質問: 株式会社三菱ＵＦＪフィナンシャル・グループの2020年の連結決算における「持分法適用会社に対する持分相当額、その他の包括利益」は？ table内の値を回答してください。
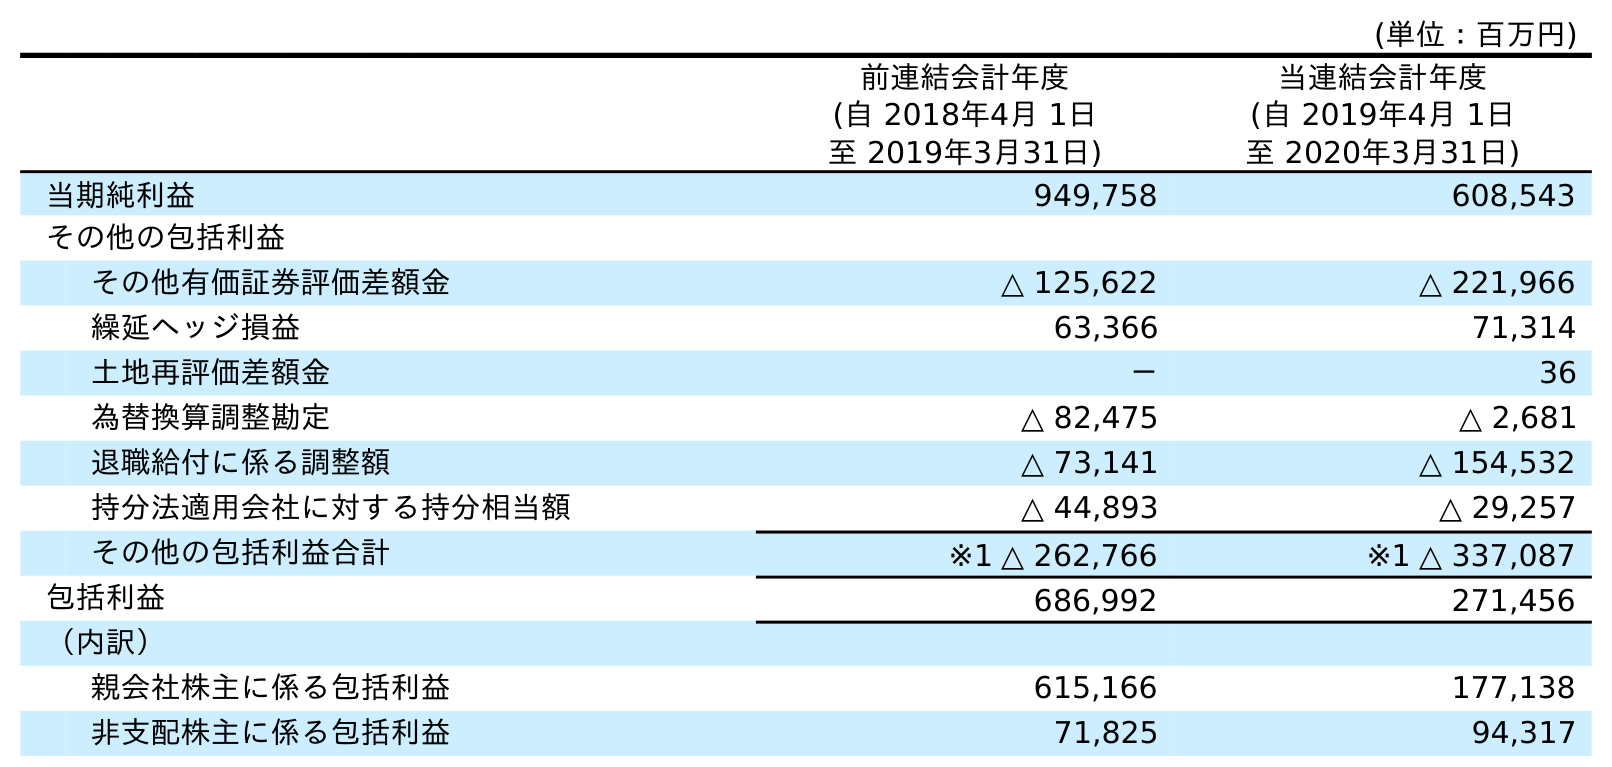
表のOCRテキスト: (単位：百万円) 前連結会計年度 (自 2018年4月 1日 至 2019年3月31日) 当連結会計年度 (自 2019年4月 1日 至 2020年3月31日) 当期純利益 949,758 608,543 その他の包括利益 その他有価証券評価差額金 △ 125,622 △ 221,966 繰延ヘッジ損益 63,366 71,314 土地再評価差額金 － 36 為替換算調整勘定 △ 82,475 △ 2,681 退職給付に係る調整額 △ 73,141 △ 154,532 持分法適用会社に対する持分相当額 △ 44,893 △ 29,257 その他の包括利益合計 ※1 △ 262,766 ※1 △ 337,087 包括利益 686,992 271,456 （内訳） 親会社株主に係る包括利益 615,166 177,138 非支配株主に係る包括利益 71,825 94,317
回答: △29,257